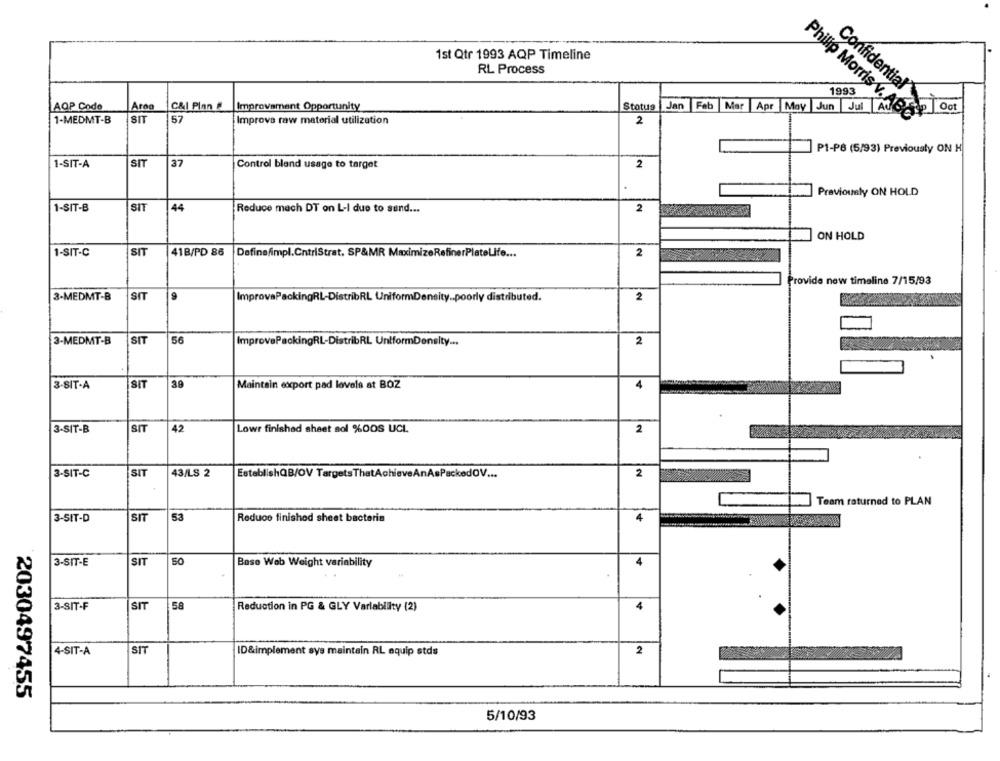
1st Qtr 1993 AQP Timeline
RL Process
1993
AQP Code
Aroo
C&I Plan #
Improvement Opportunity
Stotus
Jan
Feb
Mar
Apr May Jun
Confidential
Philip Morris v. ABC
TANS
1-MEDMT-B
SIT
57
Improve raw material utilization
2
P1-PB (5/93) Previously ON H
1-SIT-A
SIT
37
Control bland usage to target
2
Previously ON HOLD
1-SIT-B
SIT
44
Reduce mach DT on L-I due to send ...
2
ON HOLD
SIT
41B/PD 86
1-SIT-C
Definefimpl.CntriStrat. SP&MR MaximizeRefinerPlateLife ...
2
Provide new timeline 7/15/93
3-MEDMT-B
SIT
9
ImprovaPackingRL-DistribRL UniformDensity .. poorly distributed.
2
3-MEDMT-B
SIT
56
ImprovePackingRL-DistribRL UniformDensity ...
2
3-SIT-A
SIT
38
Maintain export pad levels at BOZ
4
3-SIT-B
SIT
42
Lowr finished sheet sol %DOS UCI
2
3-SIT-C
SIT
43/LS 2
EstablishQB/OV TargetsThatAchieveAnAsPackedOV ...
2
Team returned to PLAN
3-SIT-D
SIT
53
Reduce finished sheet bacteria
4
3-SIT-E
SIT
50
Base Web Weight variability
4
3-SIT-F
SIT
58
Reduction in PG & GLY Varlability (2)
4
4-SIT-A
SIT
ID&implement sys maintain RL equip stds
2
2030497455
5/10/93